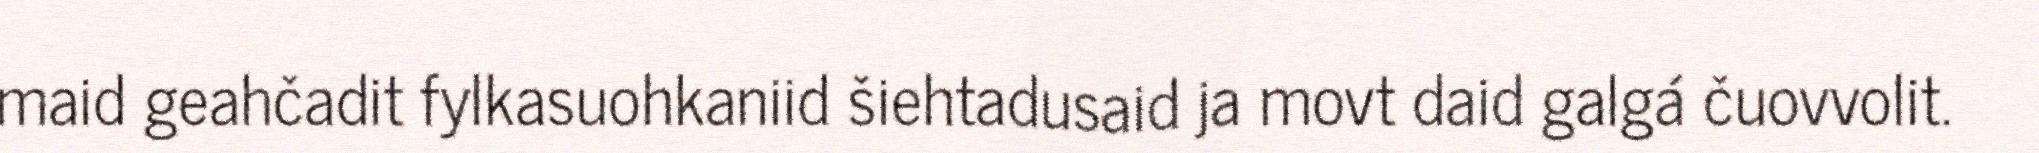
maid geahčadit fylkasuohkaniid šiehtadusaid ja movt daid galgá čuovvolit.